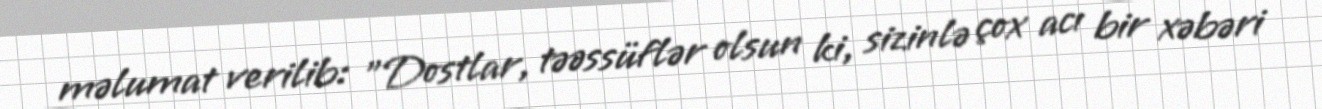
məlumat verilib: "Dostlar, təəssüflər olsun ki, sizinlə çox acı bir xəbəri